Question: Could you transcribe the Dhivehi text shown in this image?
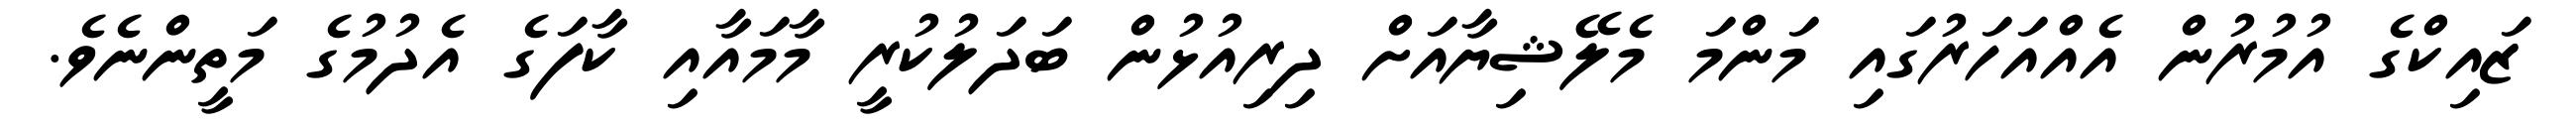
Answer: ޒައިކްގެ އުމުރުން އެއްއަހަރުގައި މަންމަ މެލޭޝިޔާއަށް ދިރިއުޅުން ބަދަލުކުރީ މާމައާއި ކާފަގެ އެދުމުގެ މަތީންނެވެ.